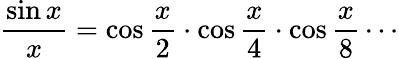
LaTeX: {\frac{\sin x}{x}}=\cos{\frac{x}{2}}\cdot\cos{\frac{x}{4}}\cdot\cos{\frac{x}{8}}\cdots